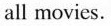
all movies.